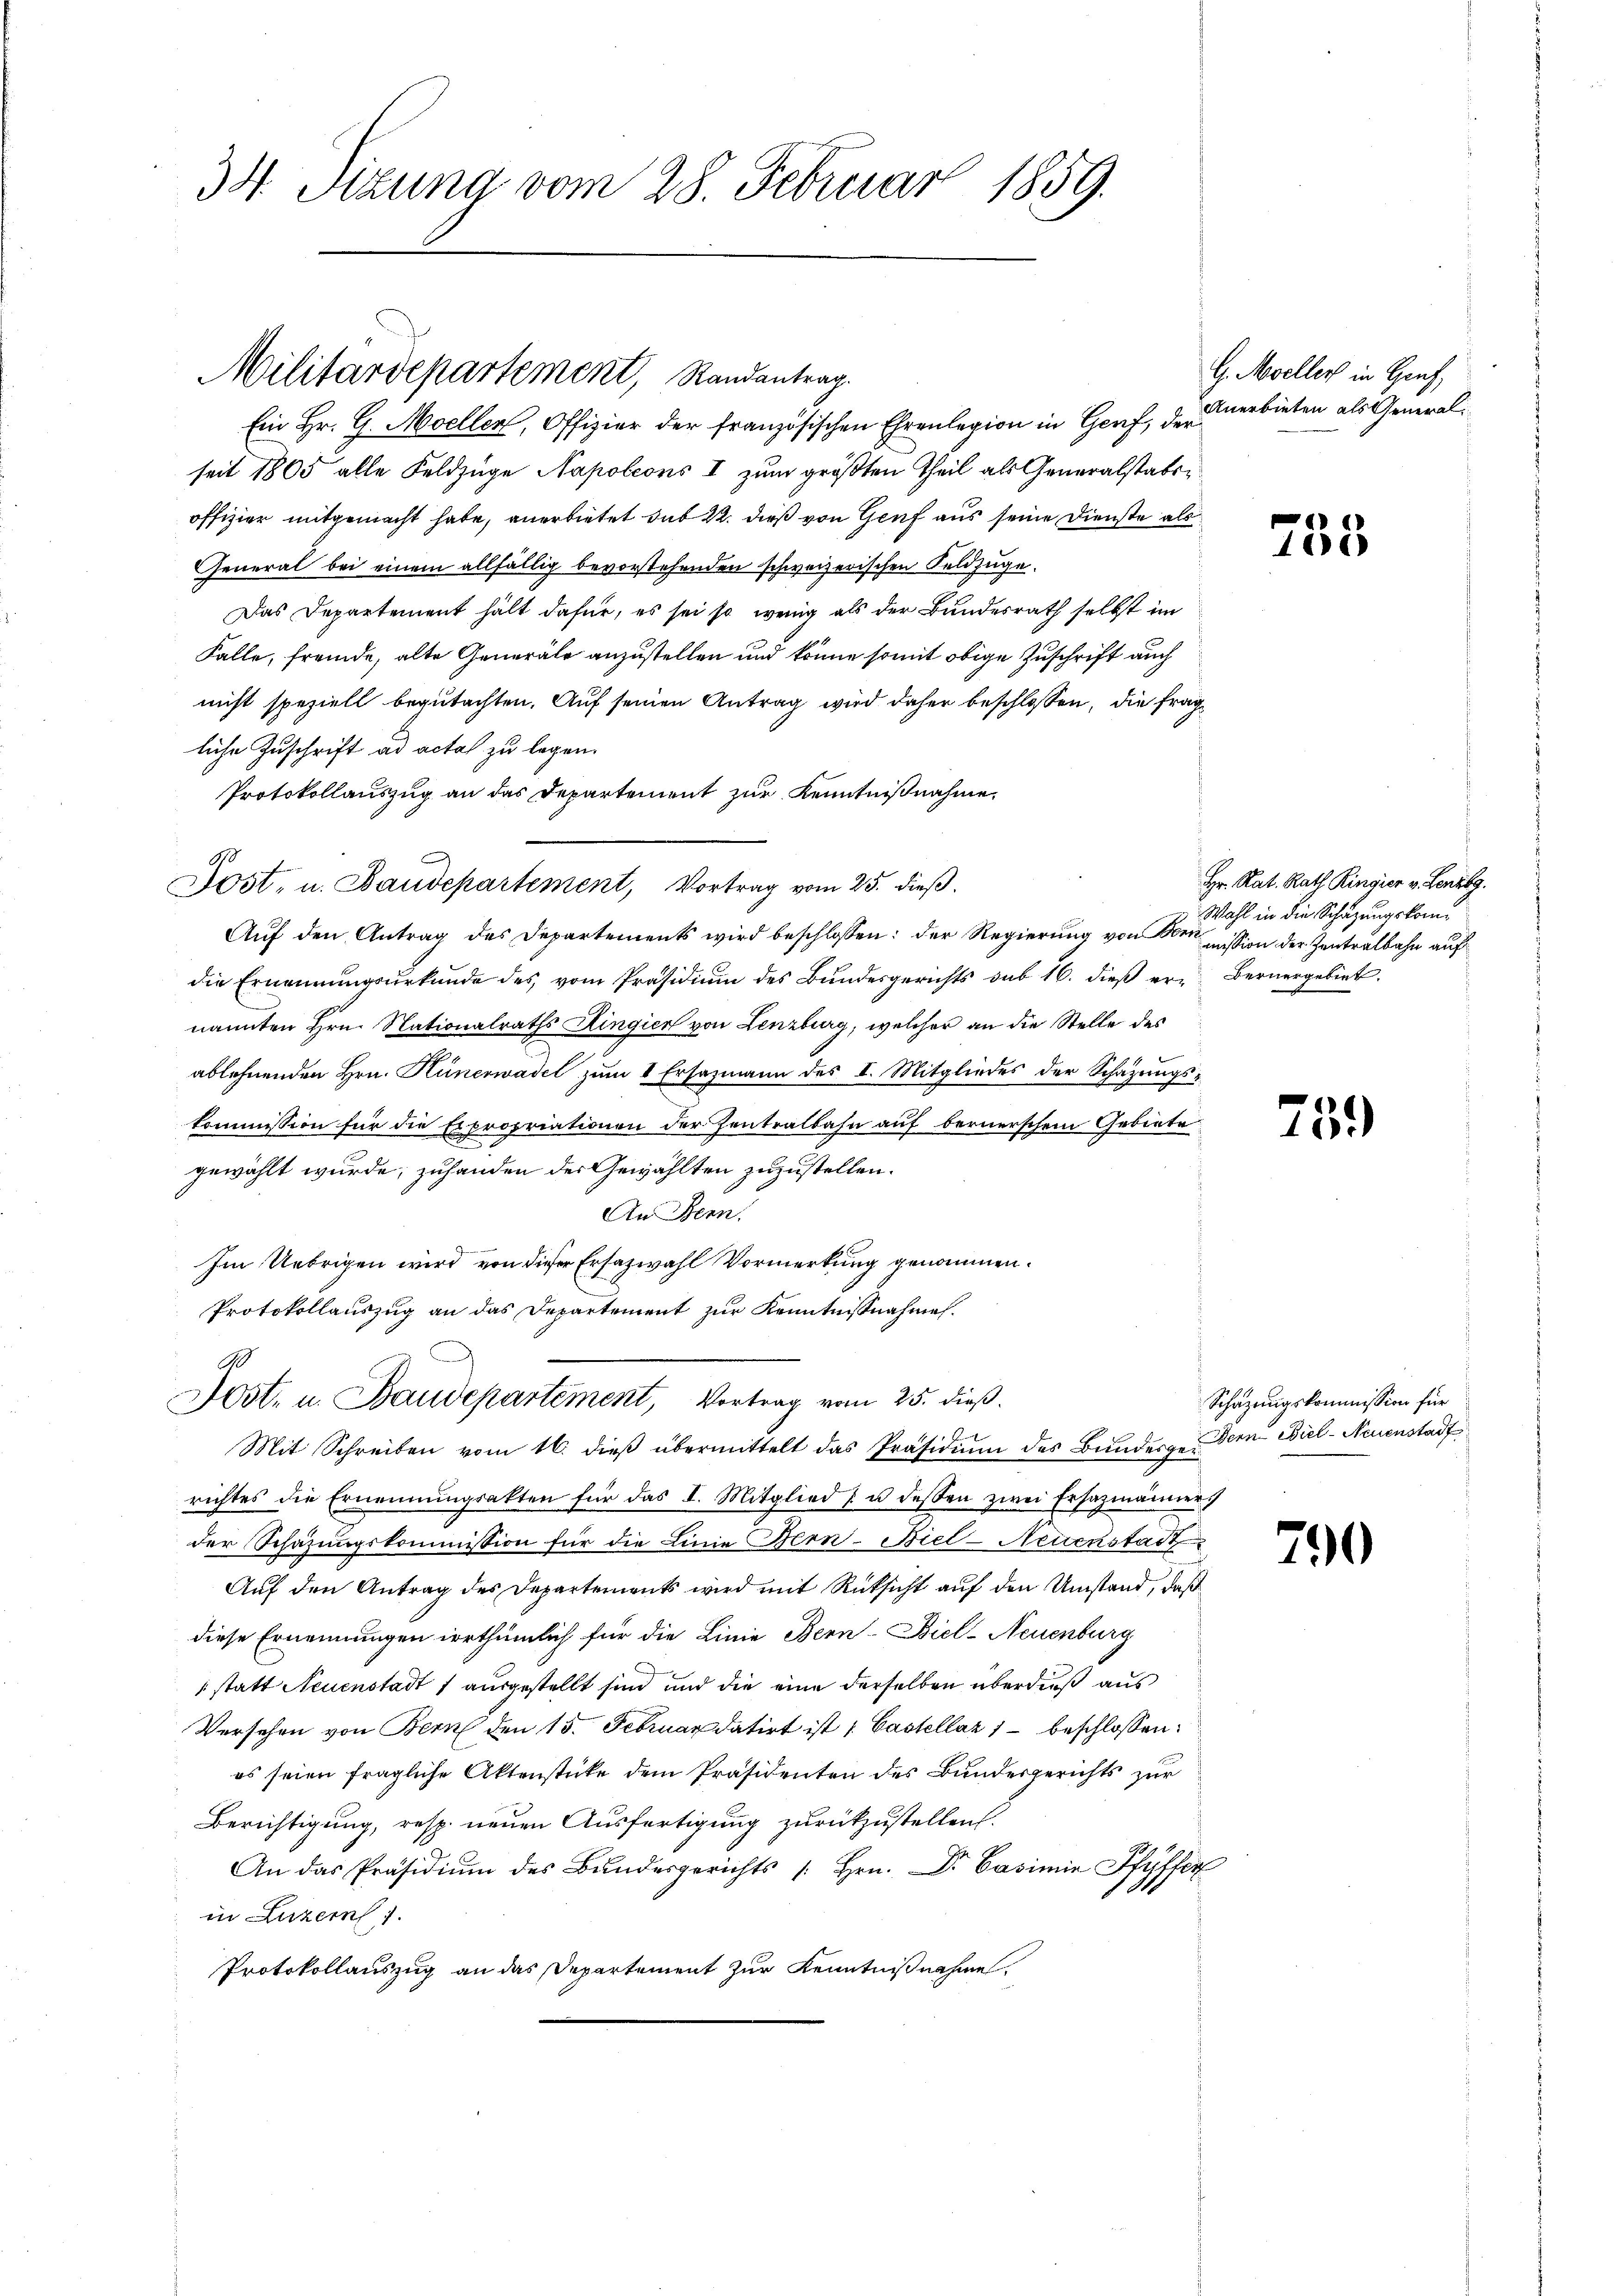
34. Sitzung vom 28. Februar 1859.

Militärdepartement, Randantrag.

Jost, u. Baudepartement, Vortrag vom 25. dieβ.

Ein Hr. G. Moellen, Offizier der französischen Ehrenlegion in Genf, der
seit 1865 alle Feldzüge Napoleons I zum größten Theil als Generalstabsoffizier mitgemacht habe, anerbietet das 22. dieß von Genf aus seine Dienste als
General bei einem allfällig bevorstehenden schweizerischen Feldzüge.
Das Departement hält dafür, es sei so wenig als der Bundesrath selbst im
Falle, fremde, alte Generale anzustellen und könne somit obige Zuschrift auch
nicht speziell begutachten. Auf seinen Antrag wird daher beschlossen, die fragliche Zuschrift ad acta zu legen.
Protokollauszug an das Departement zur Kenntnißnahme.
Aŭf den Antrag des Departements wird beschlossen: der Regierung von mission der Zentralbahn auf
die Ernennungsurkunde des vom Präsidium des Bundesgerichts sub 16. dieß er Bernergebiet
nannten Hrn. Nationalraths Kingier von Lenzburg, welcher an die Stelle des
ablehnenden Hrn. Hünerwadel zum 1 Ersazmann des I. Mitgliedes der Schazungskommission für die Expropriationen der Zentralbahn auf bernerschem Gebiete
gewählt wurde; zuhanden der Gewählten zuzustellen.
An Bern.
Im Uebrigen wird von dieser Ersatzwahl Vormerkung genommen.
Protokollauszug an das Departement zur Kenntnißnahme.
Jost, u. Baudepartement, Vortrag vom 25. dieß.
Mit Schreiben vom 16. dieβ übermittelt das Präsidiŭm des Bunderge Bern Biel-Neuenstadt
richtes die Ernennungsakten für das I. Mitglied u. dessen zwei Ersazmänner
der Schazungskommission für die Linie Bern-Biel-Neuenstadt
Auf den Antrag des Departements wird mit Rücksicht auf den Umstand, daß
diese Ernennungen irrthümlich für die Linie Bern-Biel-Neuenburg
1 statt Neuenstadt 1 ausgestellt sind und die eine derselben überdieß aus
Versehen von Bern den 15. Februar datirt ist 1 Castellaz 1 beschlossen:
es seien fragliche Aktenstücke dem Präsidenten des Bundesgerichts zur
Berichtigung, resp. neuen Ausfertigung zurückzustellen.
An das Präsidium des Bundesgerichts / Hrn. Dr. Casimir Pfyffer
in Luzern 1
Protokollauszug an das Departement zur Kenntnißnahme,

G. Moeller in Genf,
Anerbieten als General¬

758

Hr. Rat. Rath Ringier v. Lenzbg.
Wahl in die Schazungskom¬

759

Schazungskommission für

790